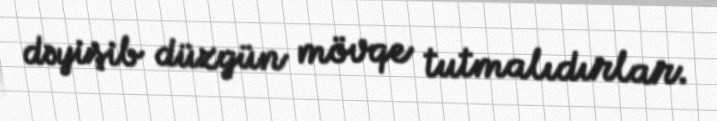
dəyişib düzgün mövqe tutmalıdırlar.